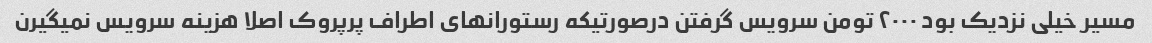
مسیر خیلی نزدیک بود ۲۰۰۰ تومن سرویس گرفتن درصورتیکه رستورانهای اطراف پرپروک اصلا هزینه سرویس نمیگیرن